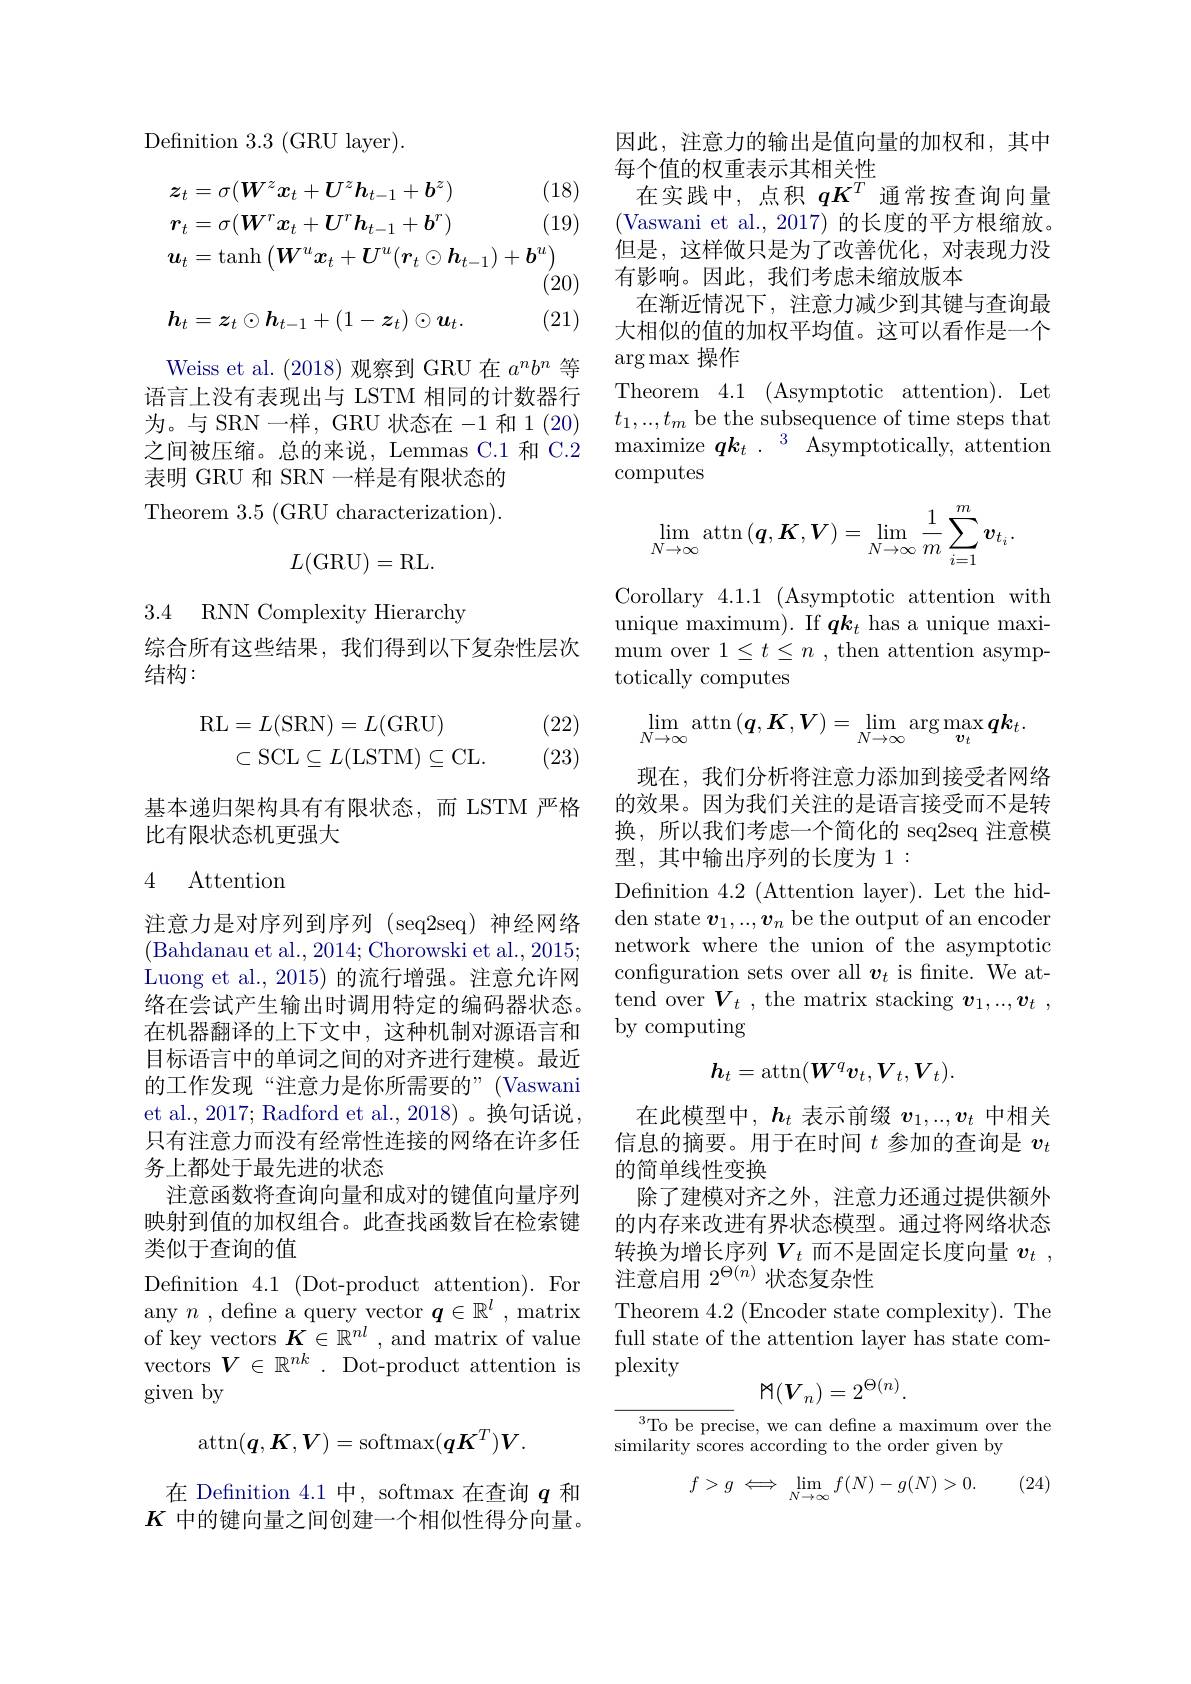
${\mathrm{Definition~3.3~(GRU~layer)}}.$
$$\begin{aligned}&\boldsymbol{z}_{t}=\sigma(\boldsymbol{W}^{z}\boldsymbol{x}_{t}+\boldsymbol{U}^{z}\boldsymbol{h}_{t-1}+\boldsymbol{b}^{z})&\text{(1}\\&\boldsymbol{r}_{t}=\sigma(\boldsymbol{W}^{r}\boldsymbol{x}_{t}+\boldsymbol{U}^{r}\boldsymbol{h}_{t-1}+\boldsymbol{b}^{r})&\text{(1}\\&\boldsymbol{u}_{t}=\mathrm{tanh}\left(\boldsymbol{W}^{u}\boldsymbol{x}_{t}+\boldsymbol{U}^{u}(\boldsymbol{r}_{t}\odot\boldsymbol{h}_{t-1})+\boldsymbol{b}^{u}\right)\\&&\text{(2}\\&\boldsymbol{h}_{t}=\boldsymbol{z}_{t}\odot\boldsymbol{h}_{t-1}+(1-\boldsymbol{z}_{t})\odot\boldsymbol{u}_{t}.&\text{(2}\end{aligned}$$
Weiss et al. (2018)观察到 GRU 在$a^nb^n$等语言上没有表现出与 LSTM 相同的计数器行为。与 SRN 一样，GRU 状态在-1和 1(20) 之间被压缩。总的来说，Lemmas C.1 和 C.2表明 GRU 和 SRN 一样是有限状态的Theorem 3.5 (GRU characterization).
$$L(\mathrm G\mathrm R\mathrm U)=\mathrm R\mathrm L.$$
3.4 RNN Complexity Hierarchy

综合所有这些结果，我们得到以下复杂性层次
结构：

(22) (23)
$$\begin{aligned}\mathrm{RL}&=L(\mathrm{SRN})=L(\mathrm{GRU})\\&\subset\mathrm{SCL}\subseteq L(\mathrm{LSTM})\subseteq\mathrm{CL}.\end{aligned}$$
基本递归架构具有有限状态，而 LSTM 严格
比有限状态机更强大

## 4 Attention

注意力是对序列到序列 (seq2seq) 神经网络(Bahdanau et al., 2014; Chorowski et al., 2015; Luong et al., 2015) 的流行增强。注意允许网络在尝试产生输出时调用特定的编码器状态。在机器翻译的上下文中，这种机制对源语言和目标语言中的单词之间的对齐进行建模。最近的工作发现“注意力是你所需要的”(Vaswani et al., 2017; Radford et al., 2018) 。换句话说， 只有注意力而没有经常性连接的网络在许多任务上都处于最先进的状态
注意函数将查询向量和成对的键值向量序列映射到值的加权组合。此查找函数旨在检索键类似于查询的值
Definition 4.1 (Dot-product attention). For any $n$ , define a query vector $\boldsymbol q\in\mathbb{R}^l$ , matrix of key vectors $K\in\mathbb{R}^nl$ , and matrix of value vectors $V\in\mathbb{R}^nk$ . Dot-product attention is given by
$$\operatorname{attn}(\boldsymbol{q},\boldsymbol{K},\boldsymbol{V})=\operatorname{softmax}(\boldsymbol{q}\boldsymbol{K}^T)V.$$
在 Defnition 4.1中，softmax 在查询$q$和$K$中的键向量之间创建一个相似性得分向量。

因此，注意力的输出是值向量的加权和，其中
每个值的权重表示其相关性
在实践中，点积$qK^T$通常按查询向量(Vaswani et al., 2017) 的长度的平方根缩放。但是，这样做只是为了改善优化，对表现力没有影响。因此，我们考虑未缩放版本
在渐近情况下，注意力减少到其键与查询最大相似的值的加权平均值。这可以看作是一个$\arg\max$操作
Theorem4.1 ( Asymptotic attention).Let $t_1,...,t_m$ be the subsequence of time steps that maximize $\boldsymbol{q}k_t$ $. \:^3$ Asymptotically, attention $\operatorname{computes}$
$$\lim_{N\to\infty}\arctan\left(\boldsymbol{q},\boldsymbol{K},\boldsymbol{V}\right)=\lim_{N\to\infty}\frac{1}{m}\sum_{i=1}^{m}\boldsymbol{v}_{t_{i}}.$$
Corollary 4.1.1 (Asymptotic attention with unique maximum). If $\boldsymbol{q}\boldsymbol{k}_t$ has a unique maximum over $1\leq t\leq n$ , then attention asymptotically computes
$$\lim_{N\to\infty}\operatorname{attn}\left(\boldsymbol{q},\boldsymbol{K},\boldsymbol{V}\right)=\lim_{N\to\infty}\operatorname{arg}\max_{\boldsymbol{v}_t}\boldsymbol{q}\boldsymbol{k}_t.$$
现在，我们分析将注意力添加到接受者网络的效果。因为我们关注的是语言接受而不是转换，所以我们考虑一个简化的 seq2seq 注意模型，其中输出序列的长度为1：
Definition 4.2 (Attention layer). Let the hidden state $v_1,...,v_n$ be the output of an encoder network where the union of the asymptotic configuration sets over all $\boldsymbol v_t$ is fnite. We attend over $V_t$ , the matrix stacking $v_1, . . , v_t$ , by computing
$$h_t=\arctan(W^q\boldsymbol{v}_t,\boldsymbol{V}_t,\boldsymbol{V}_t).$$
在此模型中，$\boldsymbol{h}_t$表示前缀$\boldsymbol{v}_1,..,\boldsymbol{v}_t$中相关信息的摘要。用于在时间$t$参加的查询是$v_t$ 的简单线性变换
除了建模对齐之外，注意力还通过提供额外的内存来改进有界状态模型。通过将网络状态转换为增长序列$V_t$而不是固定长度向量$v_t$ , 注意启用$2^{\Theta(n)}$状态复杂性

Theorem 4.2 (Encoder state complexity). The full state of the attention layer has state complexity
$$\mathbb{M}(V_n)=2^{\Theta(n)}.$$
${\overline{{^3}\text{To be prec}}}$ise, we can define a maximum over the
similarity scores according to the order given by

(24)
$$f>g\iff\lim\limits_{N\to\infty}f(N)-g(N)>0.$$